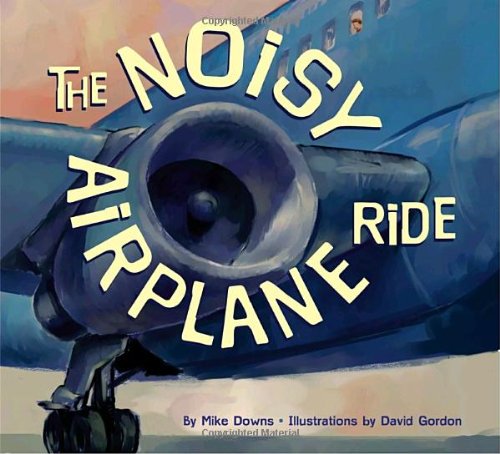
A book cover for The Noisy Airplane Ride; Mike Downs; Children's Books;